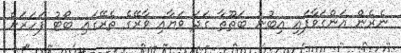
ނެރެން އަންގަވާފައި އިބުނު ބަޠޫޠާ ގަދަ ވަޔާއި ވާރޭގެ ތެރޭގައި ބޯޓު ފަހަރަށް